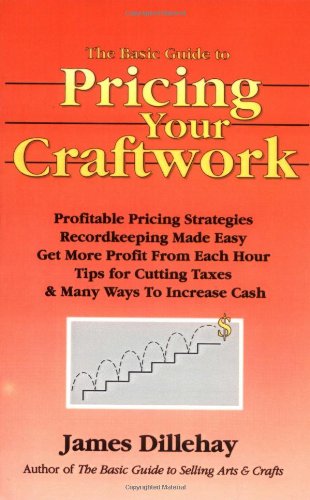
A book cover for The Basic Guide to Pricing Your Craftwork: With Profitable Strategies for Recordkeeping, Cutting Material Costs, Time & Workplace Management, Plus Tax; James Dillehay; Business & Money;